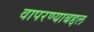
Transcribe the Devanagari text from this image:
वापरण्याबद्दल